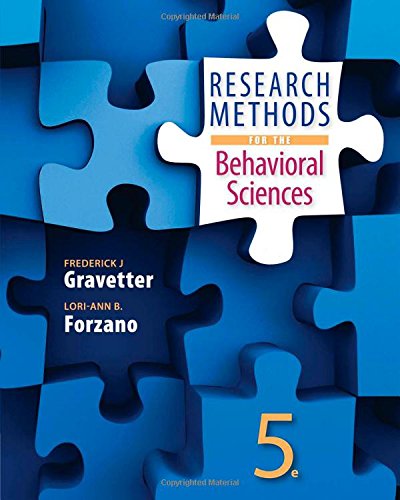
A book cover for Research Methods for the Behavioral Sciences; Frederick J Gravetter; Health, Fitness & Dieting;